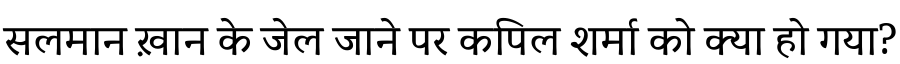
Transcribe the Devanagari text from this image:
सलमान ख़ान के जेल जाने पर कपिल शर्मा को क्या हो गया?